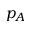
p _ { A }